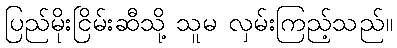
ပြည်မိုးငြိမ်းဆီသို့ သူမ လှမ်းကြည့်သည်။